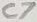
Text: C7